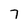
Character: 7